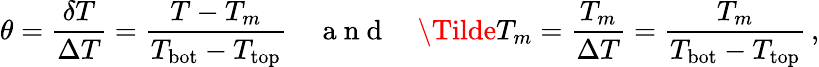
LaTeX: \theta=\frac{\delta T}{\Delta T}=\frac{T-T_{m}}{T_{\mathrm{bot}}-T_{\mathrm{top}}}\quad\mathrm{~a~n~d~}\quad\Tilde{T}_{m}=\frac{T_{m}}{\Delta T}=\frac{T_{m}}{T_{\mathrm{bot}}-T_{\mathrm{top}}}\, ,